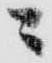
ニ